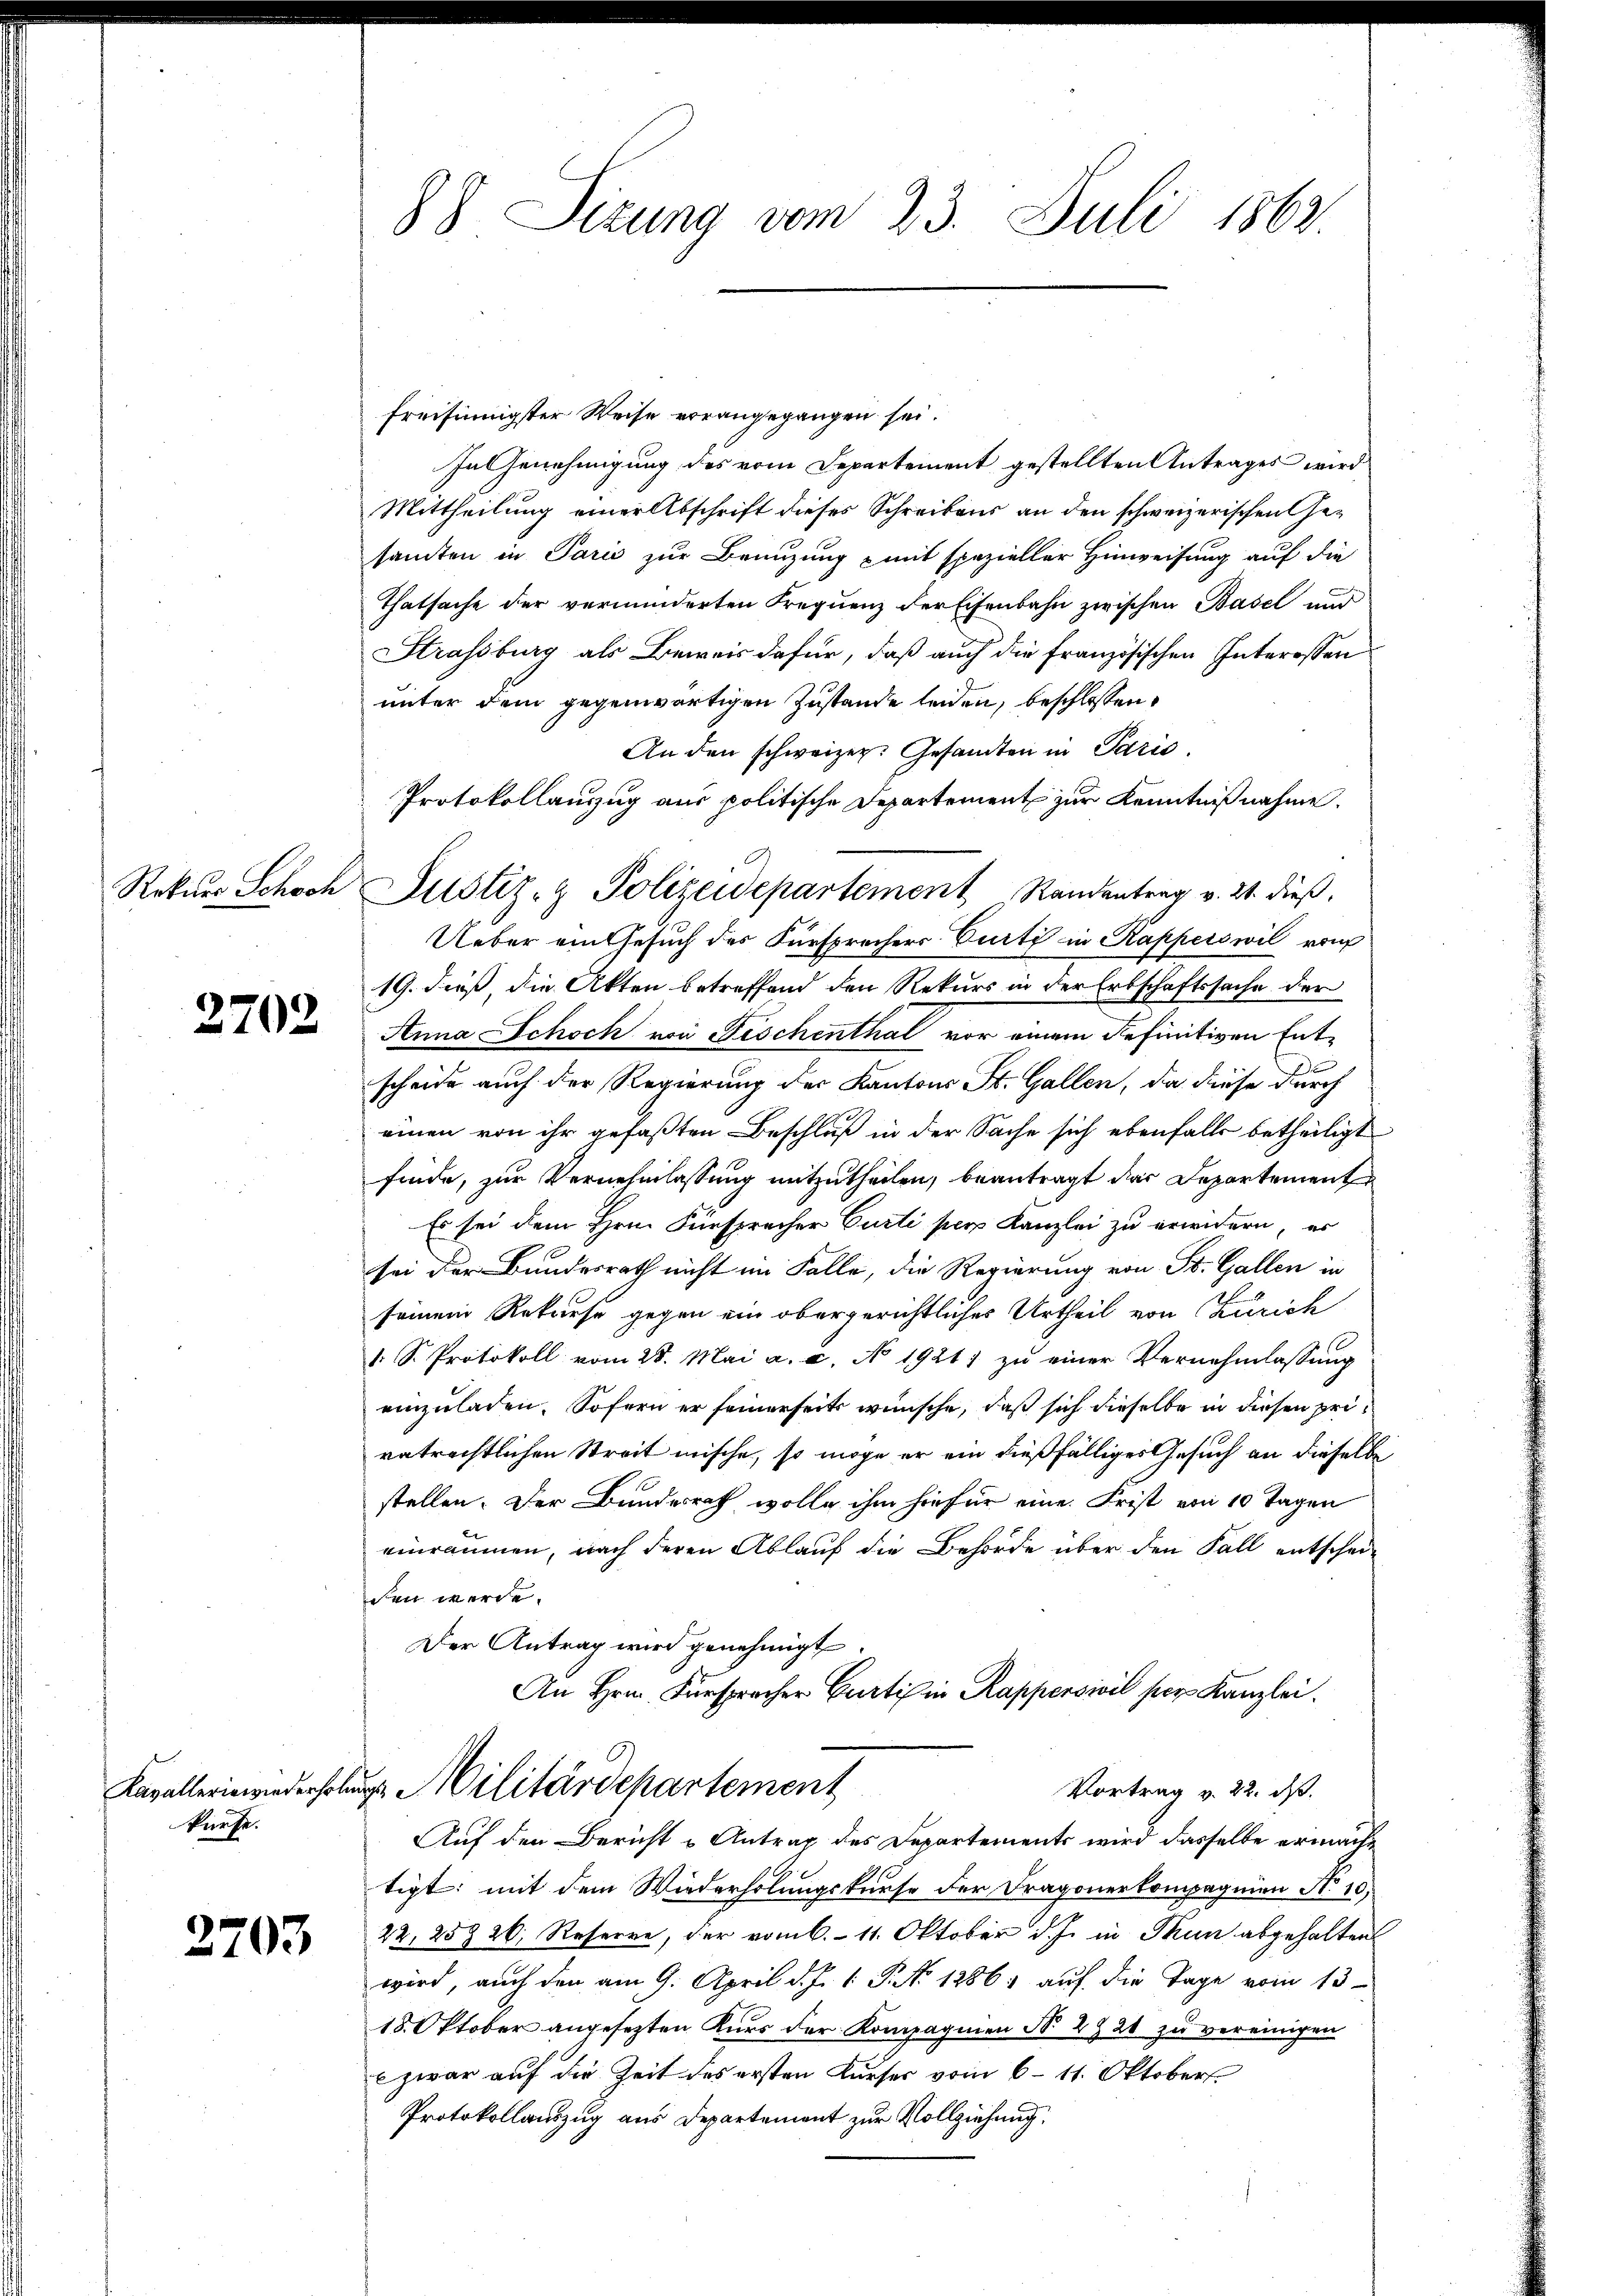
Rekurs Schoch

2702

kürfe.

2703

88 Sizung vom 23. Juli 1862.

freisinnigster Weise vorangegangen sei.
In Genehmigung des vom Departement gestellten Antrages wird
Mittheilung einer Abschrift dieses Schreibens an den schweizerischen Gesanten in Paris zur Branzung mit spezieller Hinweisung auf die
Thatsache der verminderten Frequenz der Eisenbahn zwischen Basel und
Strassburg als Beweis dafür, daß auch die Französischen Interossen
unter dem gegenwärtigen Zustande leiden, beschlossen,
An den schweizer. Gesandten in Paris.
Protokollauszug aus politische Departement zur Kenntnißnahme.
Justiz- & Polizeidepartement Randantrag v. 21. dieβ.
Ueber ein Gesuch des Fürsprechers Curti in Kapperswil von
19. dieß, die Akten betreffend den Rekurs in der Erbschaftssache der
Anna Schoch von Fischenthal vor einem definitiven Entscheide auch der Regierung der Kantons St. Gallen, da diese durch
einen von ihr gefaßten Beschluß in der Sache sich ebenfalls betheiligt
finde, zur Vernehmlassung mitzutheilen, beantragt das Departement
Es sei dem Hrn. Fürsprecher Curti pers Kanzlei zu erwidern, es
sei der Bundesrath nicht im Falle, die Regierung von St. Gallen in
seinem Rekurse gegen ein obergerichtliches Urtheil von Zürich
s. S. Protokoll vom 28. Mai a. c. No 1921) zŭ einer Vernehmlassung
einzuladen. Sofern er seinerseits wünsche, daß sich dieselbe in diesen pri
vatrechtlichen Streit mische, so möge er ein dießfälliges Gesuch an dieselbe
stellen. Der Bundesrath wolle ihm hiefür eine Frist von 10 Tagen
einräumen, nach deren Ablauf die Behörde über den Fall entscheiden werde.
Der Antrag wird genehmigt.
An Hrn. Fürspracher Curti in Rapperswil per Kanzlei.
Kavallerin wiederholung Militärdepartement
Vortrag v. 22. ds.
Auf den Bericht u Antrag des Departements wird dasselbe ermacht
tigt; mit dem Wiederholungskurse der Dragonerkompagnien No 10;
22, 25 26; Reserre, der vom 6. 11. Oktober d. J. in Thun abgehalten
wird, auch den am 9. April d. J. 1. P. No 1286, auf die Tage vom 13.
18. Oktober angesetzten Kurs der Kompagnien No 2924 zu vereinigen
zwar auf die Zeit des ersten Kurses vom 6–11. Oktober
Protokollauszug aus Departement zur Vollziehung,